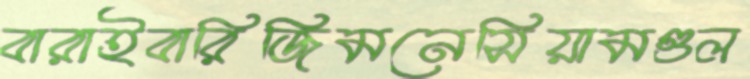
বারাইবারিজিমনেসিয়ামগুল